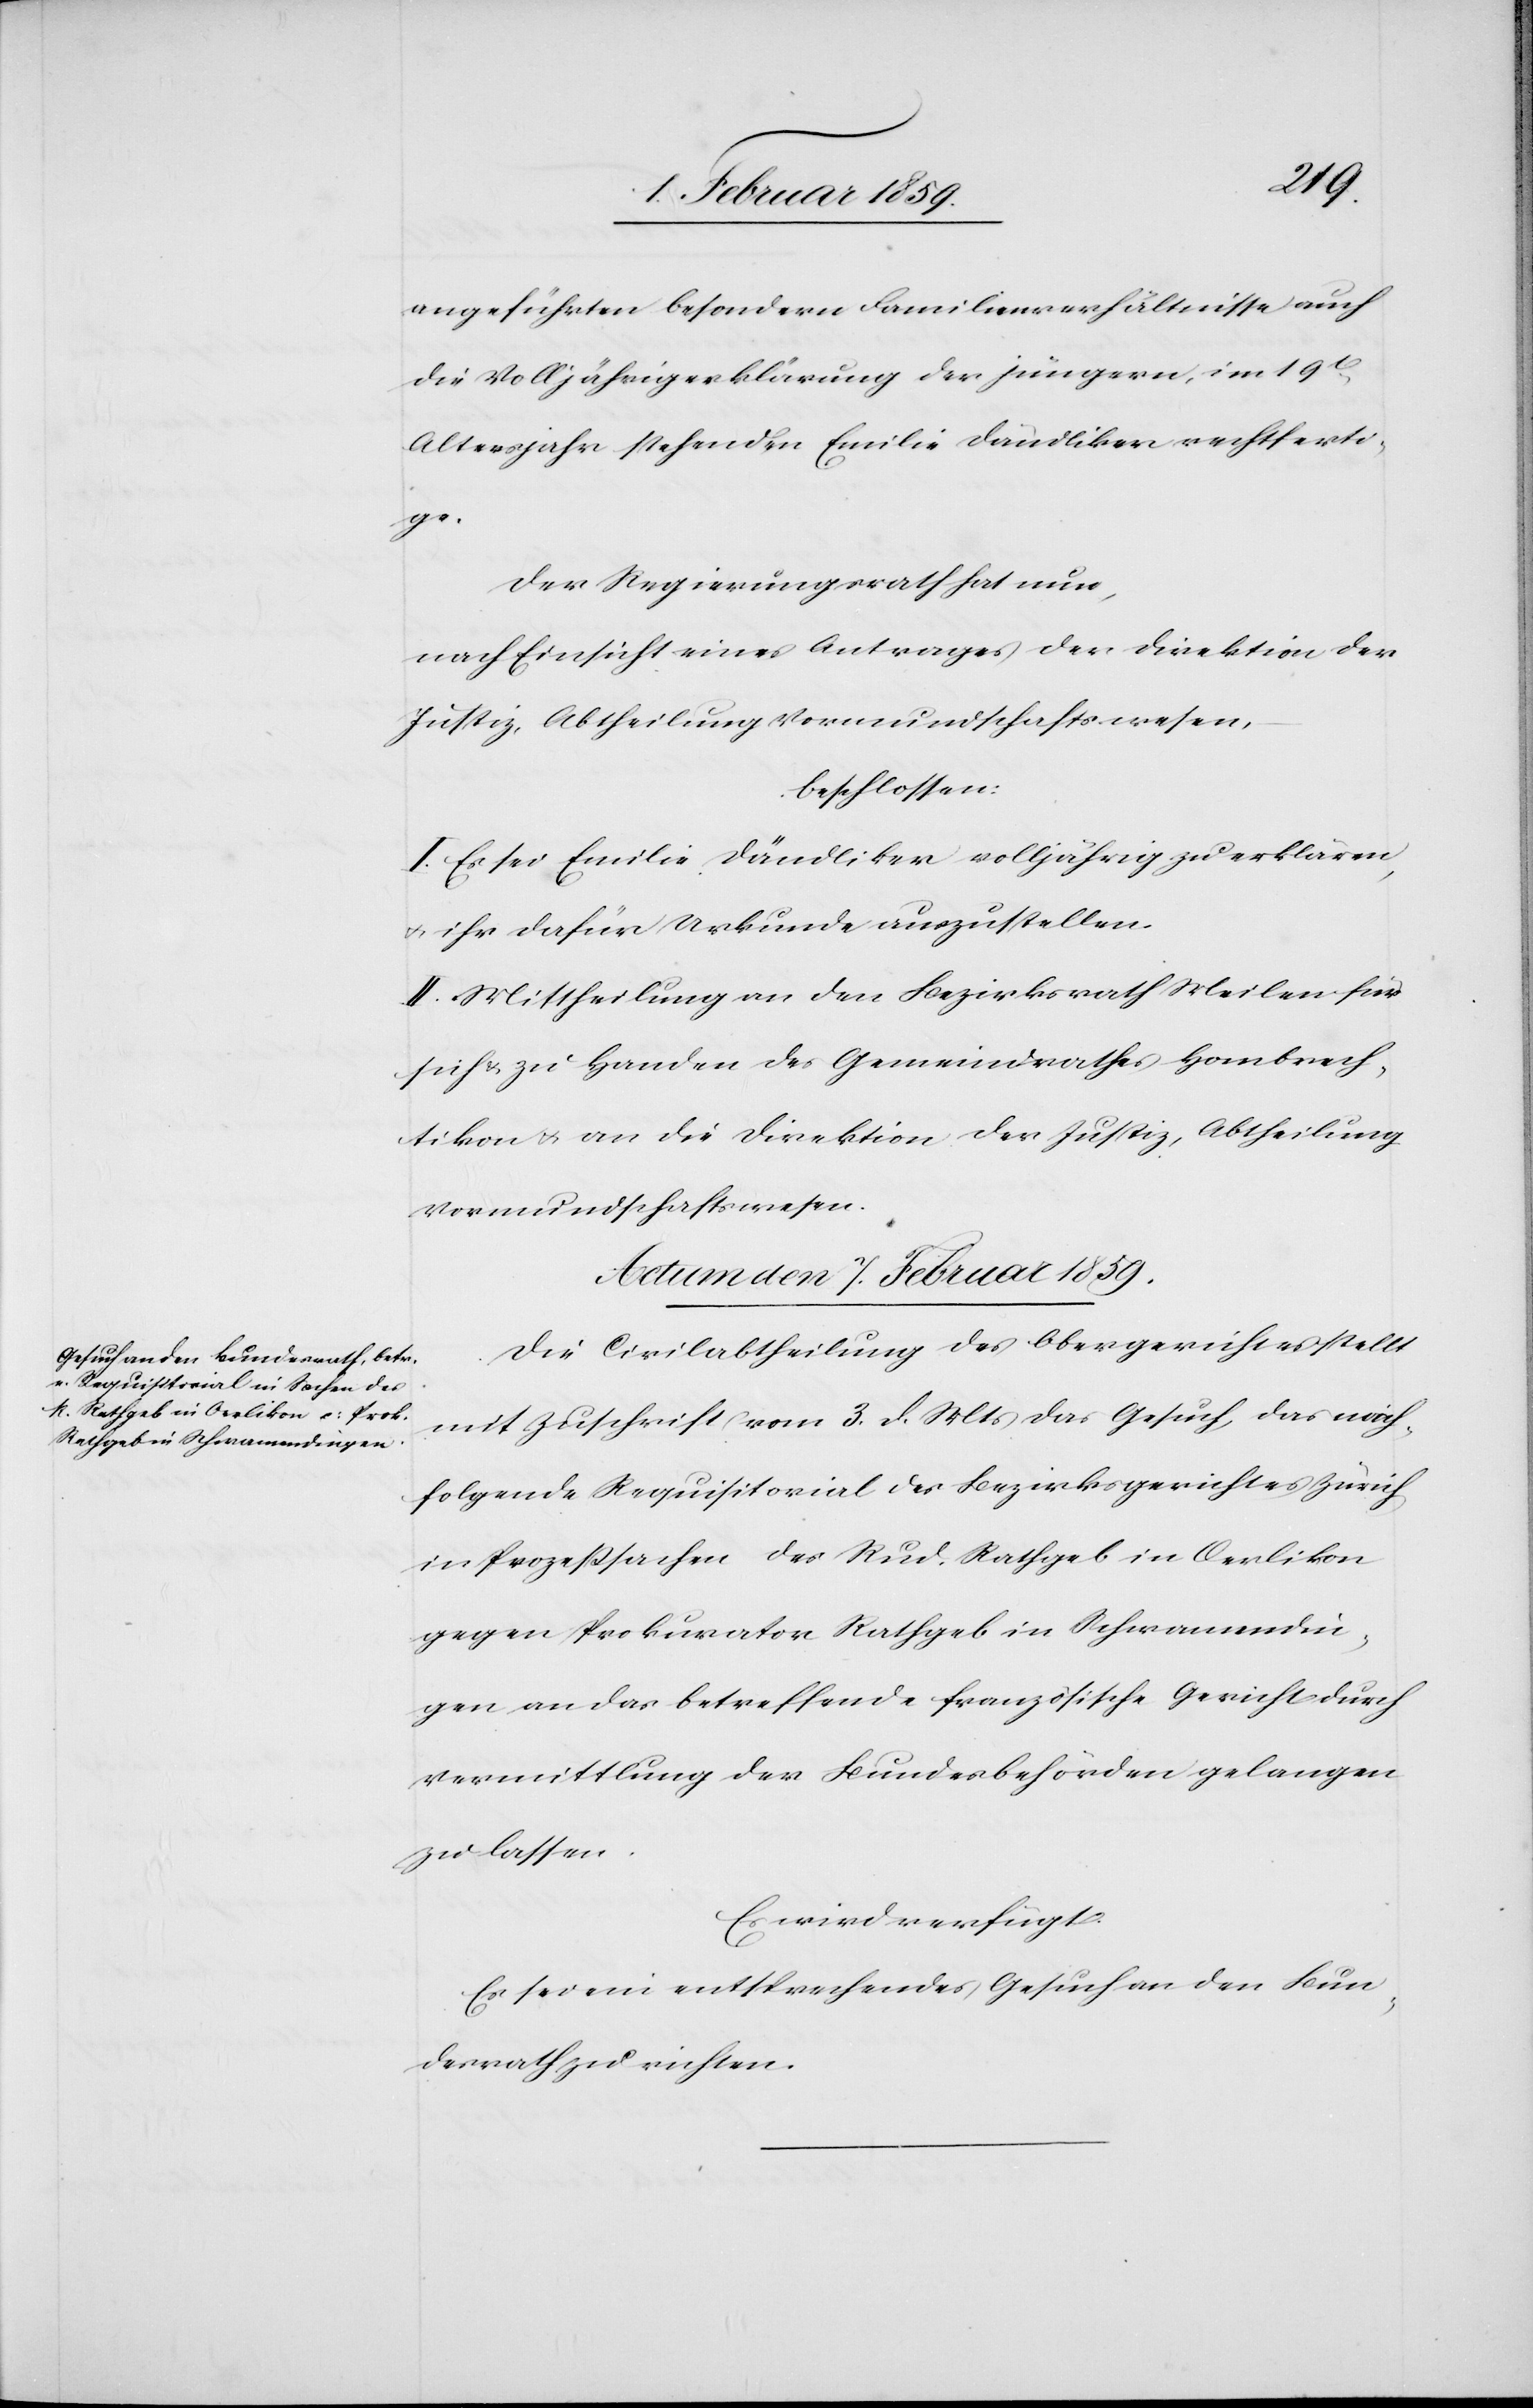
angeführten besondern Familienverhältnisse auch
die Volljährigerklärung der jüngeren, im 19t
Altersjahr stehenden Emilie Dändliker rechtferti¬
ge.
Der Regierungsrath hat nun
nach Einsicht eines Antrages der Direktion der
Justiz, Abtheilung Vormundschaftswesen,
beschlossen:
I. Es sei Emilie Dändliker volljährig zu erklären,
u. ihr dafür Urkunde auszustellen.
II Mittheilung an den Bezirksrath Meilen für
sich & zu Handen des Gemeindrathes Hombrech¬
tikon u. an die Direktion der Justiz, Abtheilung
Vormundschaftswesen.
Actum den 7. Februar 1859.
Die Civilabtheilung des Obergerichtes stellt
mit Zuschrift vom 3. d. Mts das Gesuch, das nach¬
folgende Requisitorial des Bezirksgerichtes Zürich
in Prozeßsachen des Rud. Rathgeb in Oerlikon
gegen Prokurator Rathgeb in Schwamendin¬
gen an das betreffende französische Gericht durch
Vermittlung der Bundesbehörden gelangen
zu lassen.
Es wird verfügt:
Es sei ein entsprechendes Gesuch an den Bun¬
desrath zu richten.